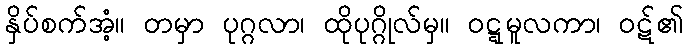
နှိပ်စက်အံ့။ တမှာ ပုဂ္ဂလာ၊ ထိုပုဂ္ဂိုလ်မှ။ ဝဋ္ဋမူလကာ၊ ဝဋ်၏